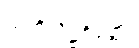
သံကိလိဋ္ဌစိတ္တော